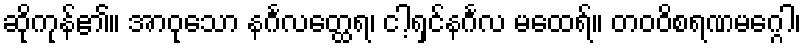
ဆိုကုန်၏။ အာဝုသော နင်္ဂလတ္ထေရ၊ ငါ့ရှင်နင်္ဂလ မထေရ်။ တဝဝိစရဏမဂ္ဂေါ၊